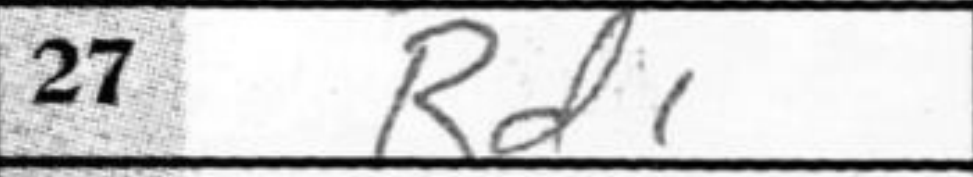
Transcription: Rd1